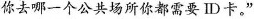
你去哪一个公共场所你都需要ID卡。”